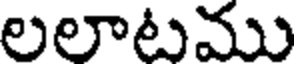
లలాటము